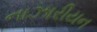
નાઝારીયન